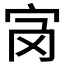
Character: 𡧝